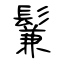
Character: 鬑